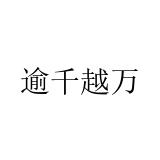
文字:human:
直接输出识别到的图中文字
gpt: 逾千越万